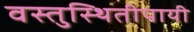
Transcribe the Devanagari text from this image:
वस्तुस्थितीपायी